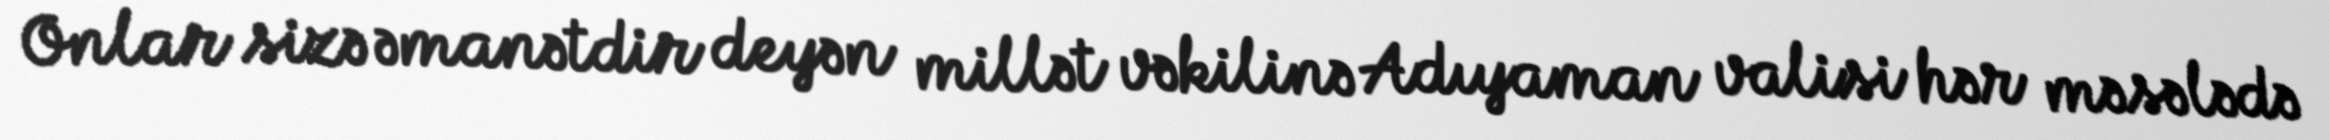
Onlar sizə əmanətdir deyən millət vəkilinə Adıyaman valisi hər məsələdə